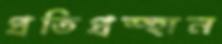
প্রতিপ্রস্হান